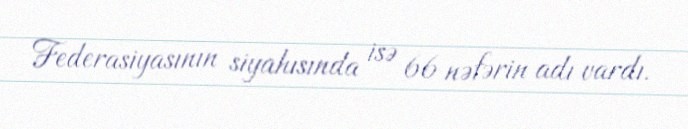
Federasiyasının siyahısında isə 66 nəfərin adı vardı.